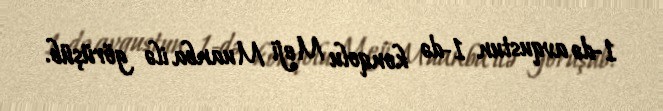
1-də avqustun 1-də konqolu Meji Muanba ilə görüşüb.